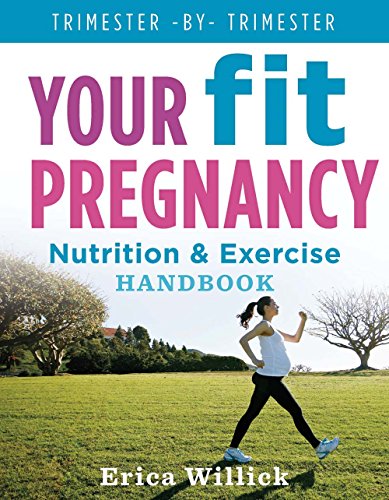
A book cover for Your Fit Pregnancy: Nutrition & Exercise Handbook; Erica Willick; Health, Fitness & Dieting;